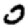
Digit: 0